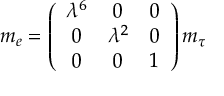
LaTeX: m _ { e } = \left( \begin{array} { c c c } { { \lambda ^ { 6 } } } & { { 0 } } & { { 0 } } \\ { { 0 } } & { { \lambda ^ { 2 } } } & { { 0 } } \\ { { 0 } } & { { 0 } } & { { 1 } } \end{array} \right) m _ { \tau }